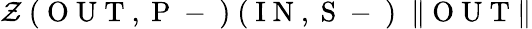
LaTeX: \mathcal{Z}\mathrm{~(~O~U~T~,~P~-~)~(~I~N~,~S~-~)~}\; \| \mathrm{~O~U~T~}\|